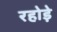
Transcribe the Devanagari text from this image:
रहोड़े